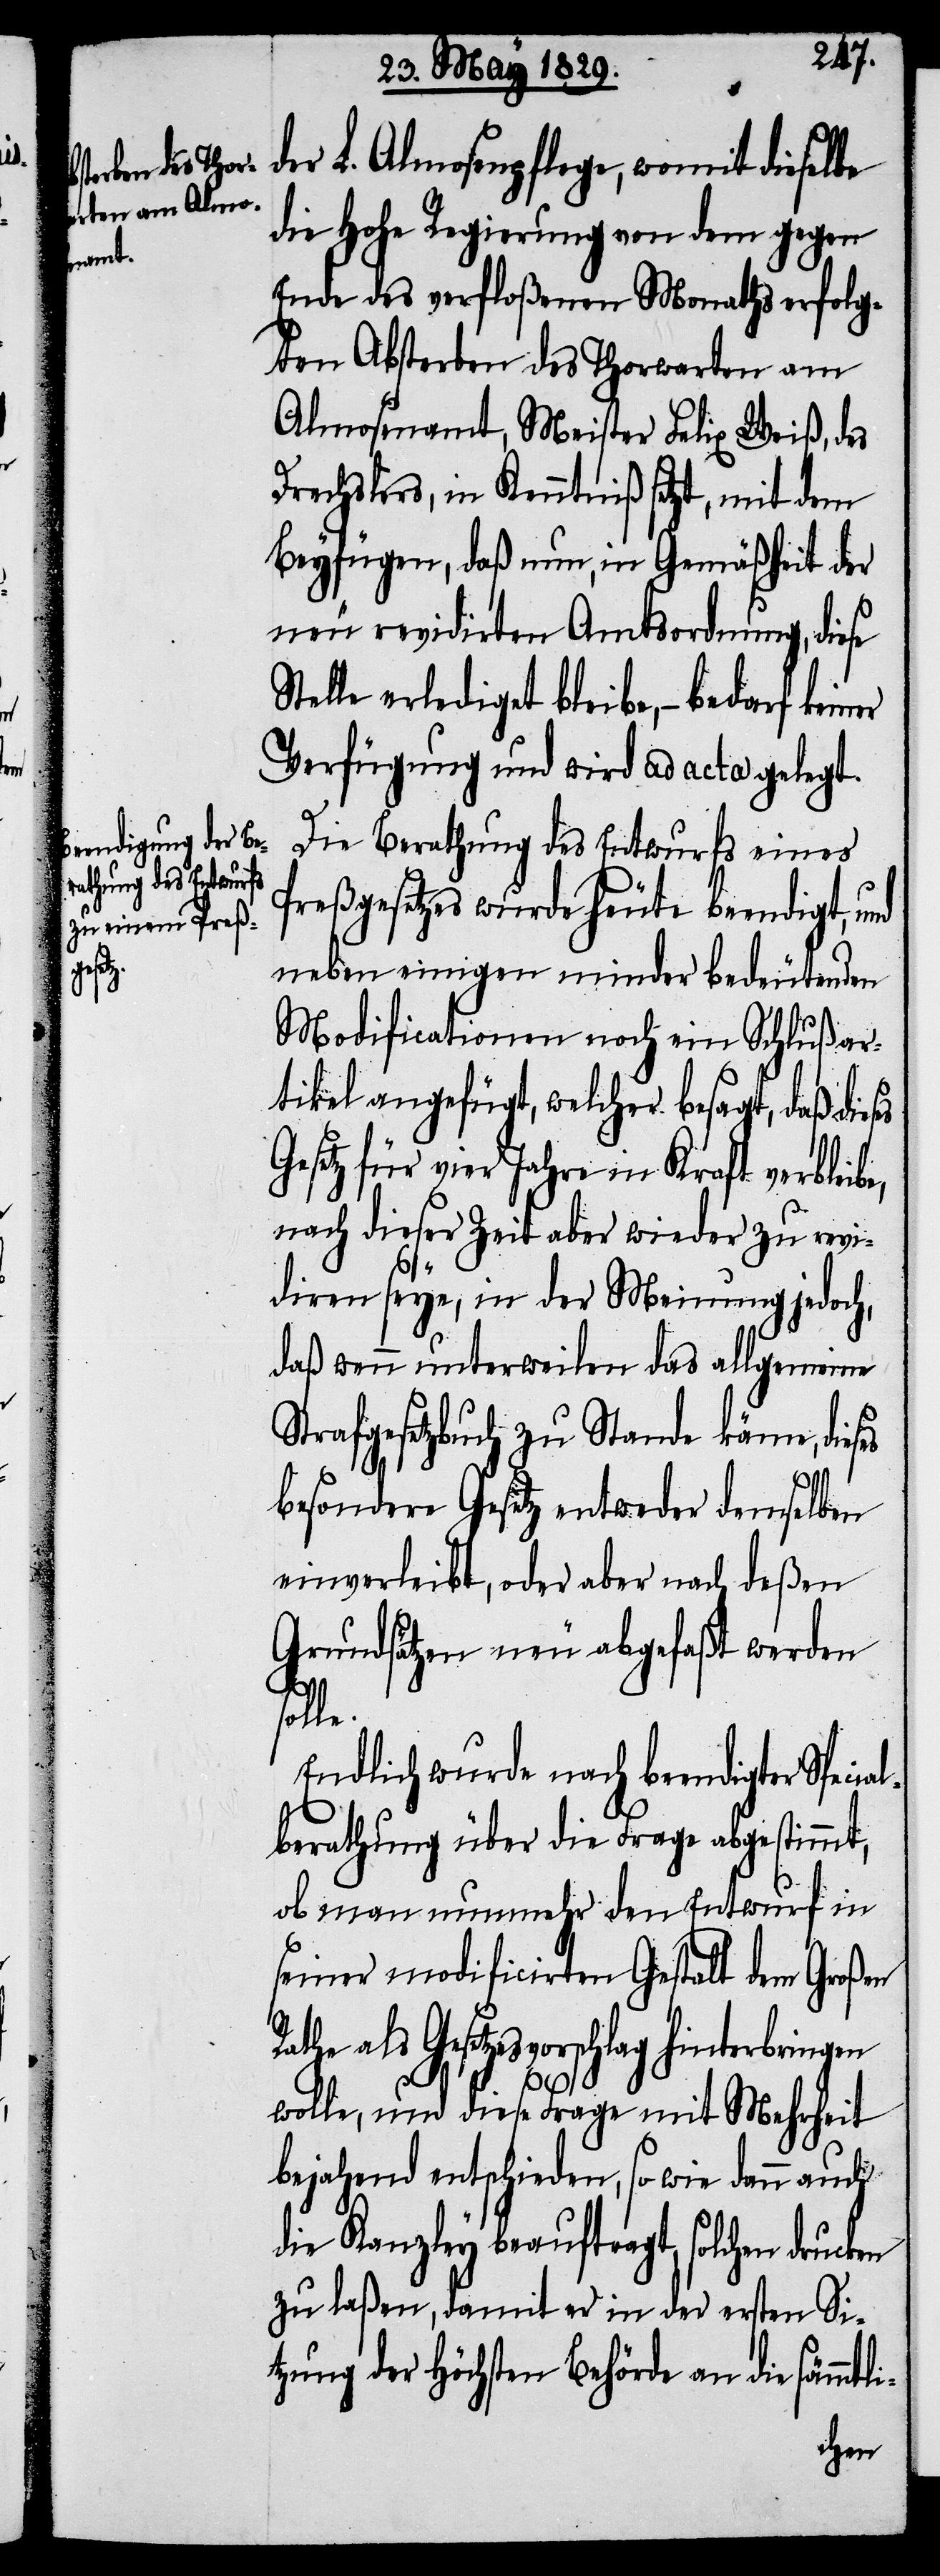
i-

der L. Almosenpflege, womit dieselbe
die Hohe Regierung von dem gegen
Ende des verfloßenen Monaths erfolg¬
ten Absterben des Thorwarten am
Almosenamt, Meister Felix Weiß, des
Drechslers, in Kenntniß setzt, mit dem
Beyfügen, daß nun, in Gemäßheit der
neu revidirten Amtsordnung, diese
Stelle erlediget bleibe,– bedarf keiner
Verfügung und wird ad acta gelegt.
Die Berathung des Entwurfs eines
Preßgesetzes wurde heute beendigt, und
neben einigen minder bedeutenden
Modificationen noch ein Schlußar¬
tikel angefügt, welcher besagt, daß dies¬
Gesetz für vier Jahre in Kraft verbleibe,
nach dieser Zeit aber wieder zu revi¬
diren seye, in der Meinung jedoch,
daß wenn unterweilen das allgemeine
Strafgesetzbuch zu Stande käme, dieses
besondere Gesetz entweder demselben
einverleibt, oder aber nach deßen
Grundsätzen neu abgefaßt werden
solle.
Endlich wurde nach beendigter Specia¬
lberathung über die Frage abgestimmt,
ob man nunmehr den Entwurf in
seiner modificirten Gestalt dem Großen
als Gesetzesvorschlag hinterbringen
wolle, und diese Frage mit Mehrheit
bejahend entschieden, so wie dann auch
die Kanzley beauftragt, solchen dru¬
zu laßen, damit er in der ersten Si¬
tzung der Höchsten Behörde an die sämmtl¬
cken